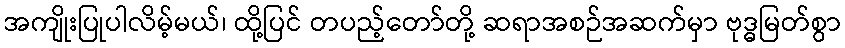
အကျိုးပြုပါလိမ့်မယ်၊ ထို့ပြင် တပည့်တော်တို့ ဆရာအစဉ်အဆက်မှာ ဗုဒ္ဓမြတ်စွာ